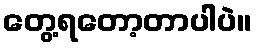
တွေ့ရတော့တာပါပဲ။